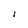
Character: I